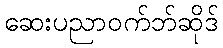
ဆေးပညာဝက်ဘ်ဆိုဒ်